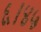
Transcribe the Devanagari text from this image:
६।४५